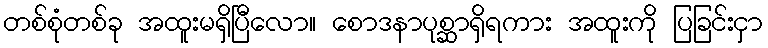
တစ်စုံတစ်ခု အထူးမရှိပြီလော။ စောဒနာပုစ္ဆာရှိရကား အထူးကို ပြခြင်းငှာ